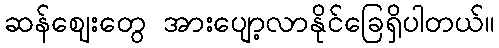
ဆန်ဈေးတွေ အားပျော့လာနိုင်ခြေရှိပါတယ်။